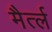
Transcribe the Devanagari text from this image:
मैर्त्ल